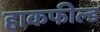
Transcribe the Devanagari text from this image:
हाकफील्ड